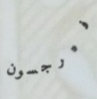
فيرجسون